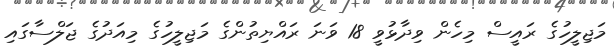
މަޖިލީހުގެ ރައީސް މިހެން ވިދާޅުވީ 18 ވަނަ ރައްޔިތުންގެ މަޖިލީހުގެ މިއަދުގެ ޖަލްސާގައި